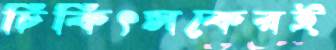
চিকিৎসকেরই